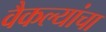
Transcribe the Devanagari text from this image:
वैकल्यांचा